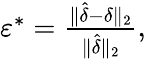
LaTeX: \begin{array}{r}{\varepsilon^{*}=\frac{\Vert\hat{\delta}-\delta\Vert_{2}}{\Vert\hat{\delta}\Vert_{2}},}\end{array}